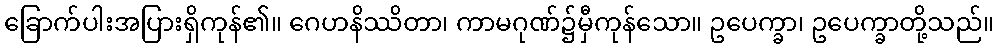
ခြောက်ပါးအပြားရှိကုန်၏။ ဂေဟနိဿိတာ၊ ကာမဂုဏ်၌မှီကုန်သော။ ဥပေက္ခာ၊ ဥပေက္ခာတို့သည်။